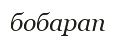
бобарап